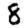
Digit: 8